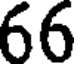
66